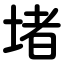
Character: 堵